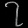
Digit: ၇